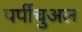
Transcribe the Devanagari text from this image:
पर्पीचुअल